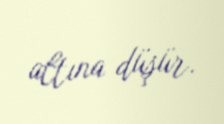
altına düşür.